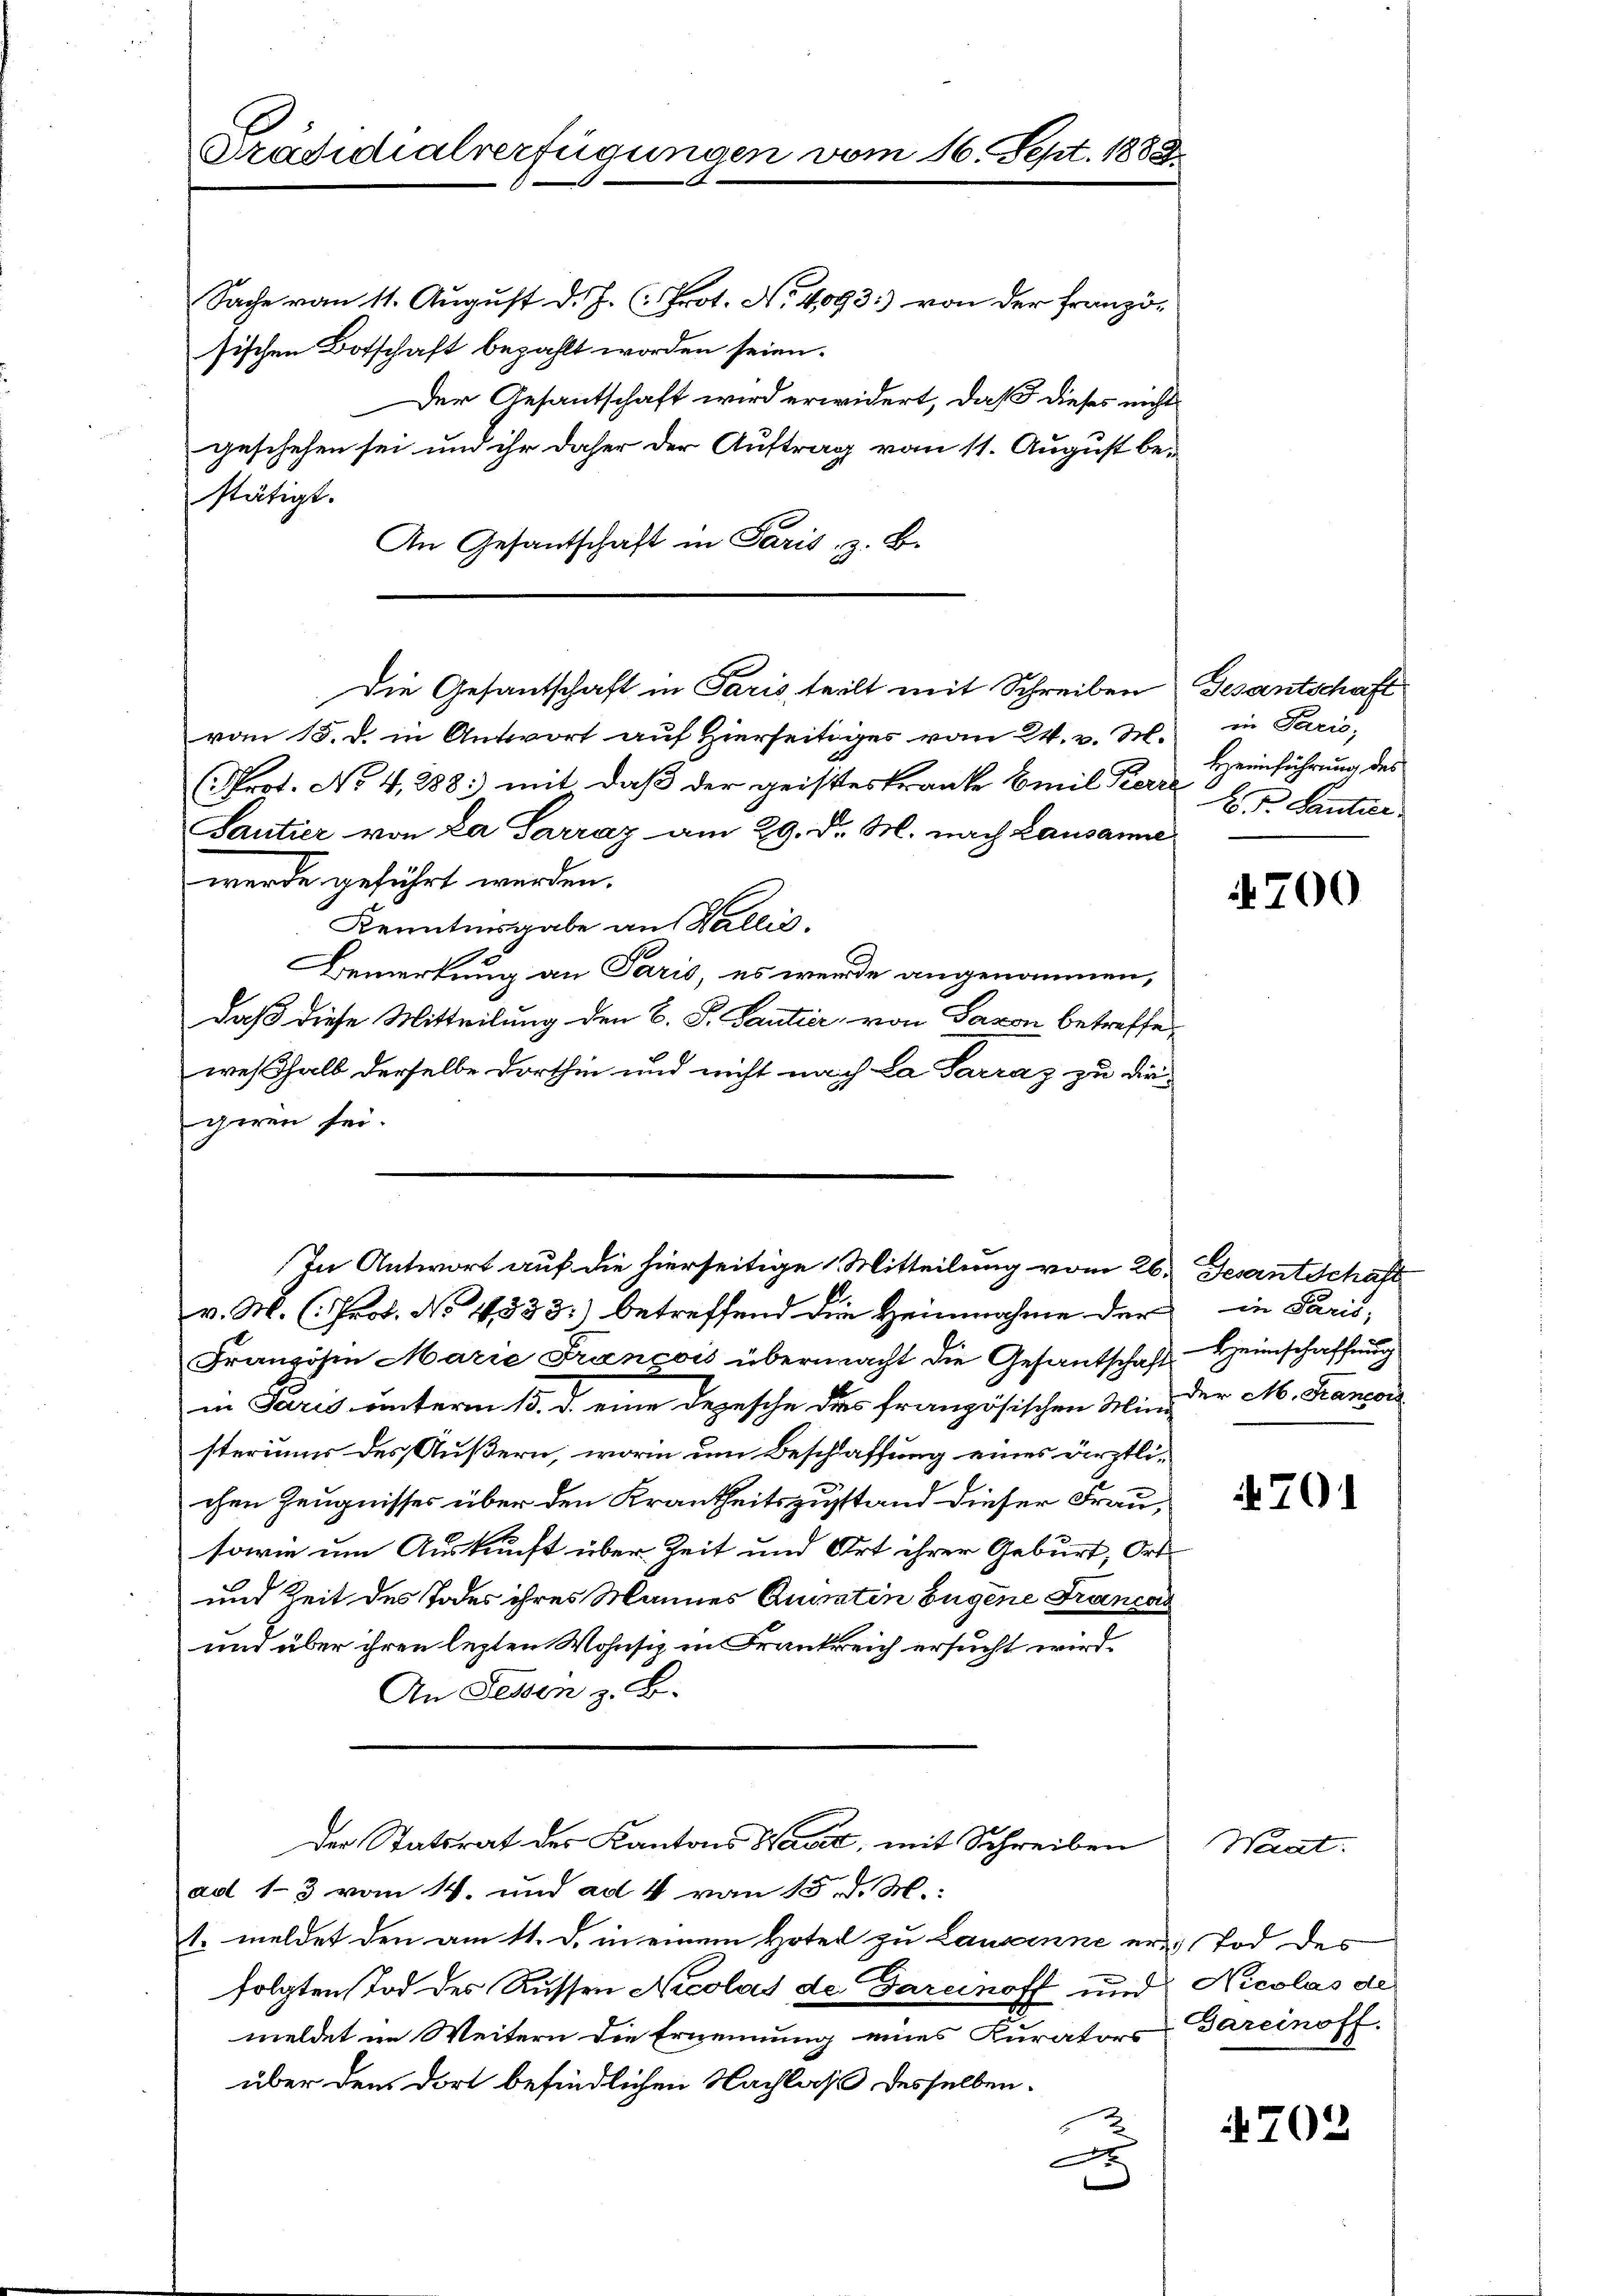
Präsidialverfügungen vom 16. Sept. 1880

Sache vom 11. Aŭgŭst d. J. (: Prot. No. 4093) von der Französischen Botschaft bezahlt worden seien.
Der Gesantschaft wird erwidert, daß dieses nichts
geschehen sei und ihr daher der Auftrag vom 11. August be-
stätigt.
An Gesantschaft in Paris. z. B.
vom 15. d. in Antwort aŭf hierseitiges vom 24. v. M. in Paris,
(Prot. No 4,288; mit daß der geisteskranke Emil Kerre
Santier von La Parraz am 29. d. M. nach Lausanne
werde geführt werden.
Kenntnisgabe aus Wallis.
Bemerkung an Paris, es wurde angenommen,
daß diese Mitteilung den B. S. Tantier, von Saxon betreffeweßhalb derselbe dorthin und nicht nach La Parraz zu die-
giren sei.
In Antwort auf die hierseitige Mitteilung vom 26. Gesantschaft
v. M. (: Prof. No 1533. betreffend die Heinnahme der in Paris,
Franzosen Marie François übermacht die Gesantschaft Heimschaffung
in Paris unterm 15. d. eine Depesche des französischen Mini-
sterium des Äußern, worin um Beschlaffung eines ärztlichen Zeugnisses über den Krantheitszustand dieser Frau,
sowie um Auskunft über Zeit und Ort ihrer Geburt, Ort
und Zeit des Todes ihres Mannes Ausstin Eugene Francas
und über ihren lezten Wohnsiz in Frankreich ersucht wird.
An Sessen z. B.
Der Statsrat des Kantons Wavit, mit Schreiben
ad 13 vom 14. und ad 4 von 15. d. M.
t. meldet den am 11. d. in einem Hotel zu Lausanne er Tod des
folgten Tod des Russen Nicolas der Daranoff und Nicolas de
meldet im Weitern die Ernennung eines Kurators
über den dort befindlichen Nachlaß desselben.
c

Die Gesantschaft in Paris, teilt mit Schreiben Gesantschaft

Heimführung des
E. F. Santier.

4700

der M. Francois

701

Weat.
Gareinoff.

§702